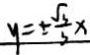
y = \pm \frac { \sqrt { 3 } } { 3 } x